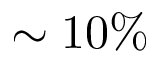
\sim 1 0 \%